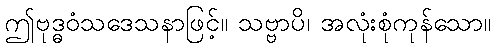
ဤဗုဒ္ဓဝံသဒေသနာဖြင့်။ သဗ္ဗာပိ၊ အလုံးစုံကုန်သော။